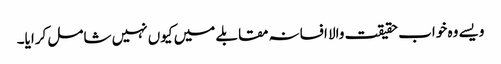
ویسے وہ خواب حقیقت والا افسانہ مقابلے میں کیوں نہیں شامل کرایا۔